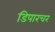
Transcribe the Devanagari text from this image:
डिपारचर